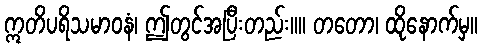
ဣတိပရိသမာဝနံ၊ ဤတွင်အပြီးတည်း။။ တတော၊ ထိုနောက်မှ။